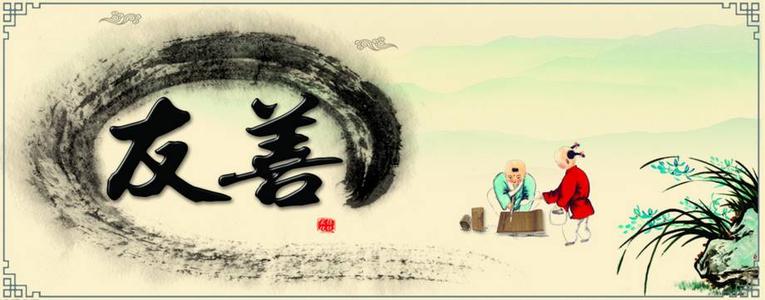
君子莫大乎与人为善。